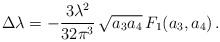
\begin{align*}\Delta \lambda = -\frac{3\lambda^2}{32\pi^3}\, \sqrt{a_3 a_4}\, F_1(a_3,a_4) \,. \end{align*}